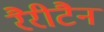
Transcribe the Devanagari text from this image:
रैरीटैन